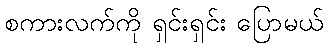
စကားလက်ကို ရှင်းရှင်း ပြောမယ်